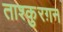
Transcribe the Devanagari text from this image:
ताश्कुरग़न